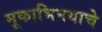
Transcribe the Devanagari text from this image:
मूकाभिनयाचे